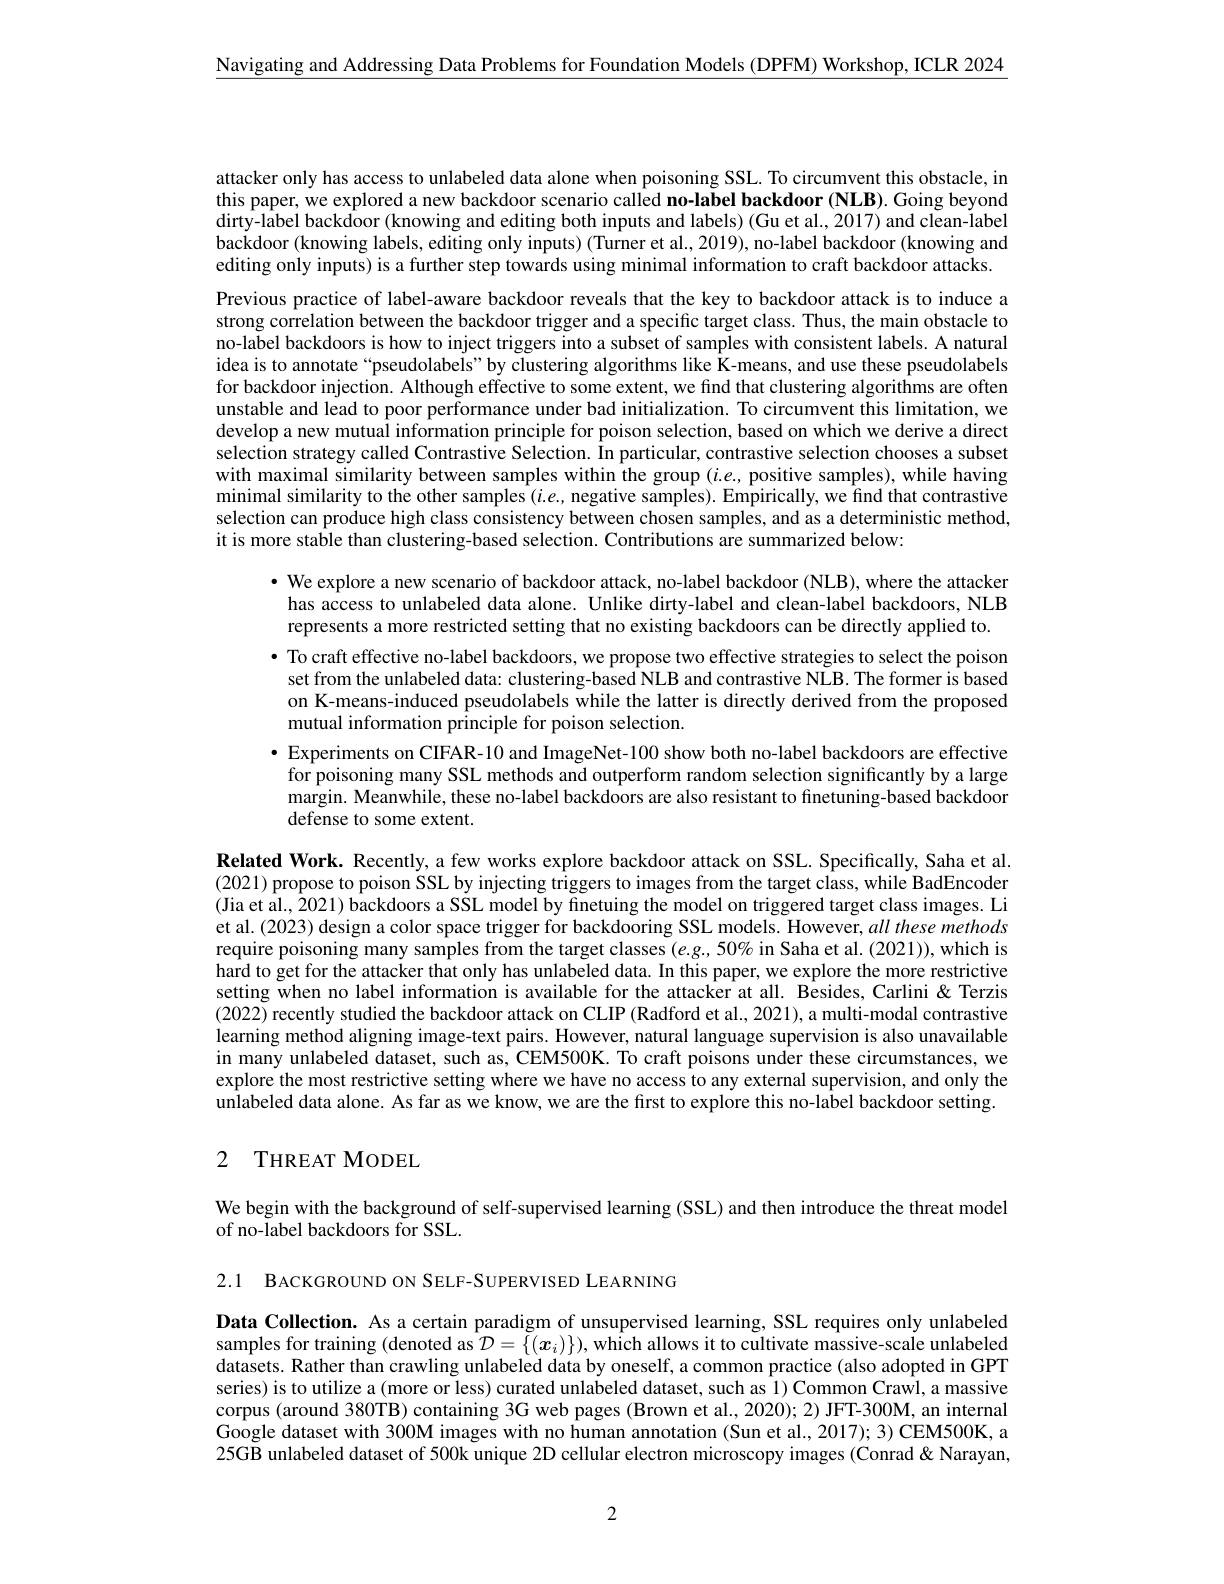
$\underline{\text{Navigating and Addressing Data Problems for Foundation Models (DPFM) Workshop, ICLR 2024}}$

attacker only has access to unlabeled data alone when poisoning SSL. To circumvent this obstacle, in this paper, we explored a new backdoor scenario called no-label backdoor (NLB). Going beyond dirty-lâbel backdoor (knowing and editing both inputs and labels) (Gu et al., 2017) and clean-label backdoor (knowing labels, editing only inputs) (Turner et al., 2019), no-label backdoor (knowing and editing only inputs) is a further step towards using minimal information to craft backdoor attacks.

Previous practice of label-aware backdoor reveals that the key to backdoor attack is to induce a strong correlation between the backdoor trigger and a specific target class. Thus, the main obstacle to no-label backdoors is how to inject triggers into a subset of samples with consistent labels. A natural idea is to annotate“pseudolabels” by clustering algorithms like Î-means, and use these pseudolabels for backdoor injection. Although effective to some extent, we find that clustering algorithms are often unstable and lead to poor performance under bad initialization. To circumvent this limitation, we develop a new mutual information principle for poison selection, based on which we derive a direct selection strategy called Contrastive Selection. In particular, contrastive selection chooses a subset with maximal similarity between samples within the group $(i.e$, positive samples), while having minimal similarity to the other samples $(i.e$, negative samples). Empirically, we find that contrastive selection can produce high class consistency between chosen samples, and as a deterministic method, it is more stable than clustering-based selection. Contributions are summarized below:

· We explore a new scenario of backdoor attack, no-label backdoor (NLB), where the attacker
has access to unlabeled data alone. Unlike dirty-label and clean-label backdoors, NLB represents a more restricted setting that no existing backdoors can be directly applied to. $\bullet$ To craft effective no-label backdoors, we propose two effective strategies to select the poison
set from the unlabeled data: clustering-based NLB and contrastive NLB. The former is based on K-means-induced pseudolabels while the latter is directly derived from the proposed mutual information principle for poison selection.
· Experiments on CIFAR-10 and ImageNet-100 show both no-label backdoors are effective
for poisoning many SSL methods and outperform random selection significantly by a large margin. Meanwhile, these no-label backdoors are also resistant to finetuning-based backdoor defense to some extent.

Related Work. Recently, a few works explore backdoor attack on SSL. Specifically, Saha et al. (2021) propose to poison SSL by injecting triggers to images from the target class, while BadEncoder (Jia et al., 2021) backdoors a SSL model by finetuing the model on triggered target class images. Li et al. (2023) design a color space trigger for backdooring SSL models. However, all these methods require poisoning many samples from the target classes $(e.g.,50\%$ in Saha et al.(2021)), which is hard to get for the attacker that only has unlabeled data. In this paper, we explore the more restrictive setting when no label information is available for the attacker at all. Besides, Carlini & Terzis (2022) recently studied the backdoor attack on CLIP (Radford et al., 2021), a multi-modal contrastive learning method aligning image-text pairs. However, natural language supervision is also unavailable in many unlabeled dataset, such as, CEM500K. To craft poisons under these circumstances, we explore the most restrictive setting where we have no access to any external supervision, and only the unlabeled data alone. As far as we know, we are the first to explore this no-label backdoor setting.

# 2 THREAT MODEL

We begin with the background of self-supervised learning (SSL) and then introduce the threat model
of no-label backdoors for SSL.

2.1 BACKGROUND ON SELF-SUPERVISED LEARNING

Data Collection. As a certain paradigm of unsupervised learning, SSL requires only unlabeled samples for training (denoted as $\mathcal{D} = \{ ( x_i) \} ) $,which allows it to cultivate massive- scale unlabeled datasets. Rather than crawling unlabeled data by oneself, a common practice (also adopted in GPT series) is to utilize a(more or less) curated unlabeled dataset, such as 1) Common Crawl, a massive corpus (around 380TB) containing 3G web pages (Brown et al., 2020); 2) JFT-300M, an internal Google dataset with 300M images with no human annotation (Sun et al., 2017); 3) CEM500K, a 25GB unlabeled dataset of 500k unique 2D cellular electron microscopy images (Conrad&Narayan,

2